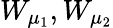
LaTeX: W_{\mu_{1}},W_{\mu_{2}}